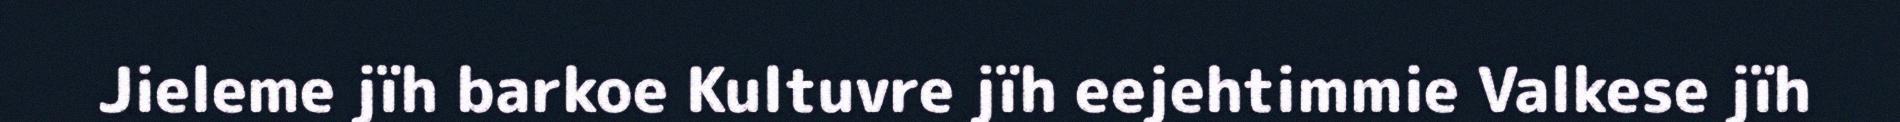
Jieleme jïh barkoe Kultuvre jïh eejehtimmie Valkese jïh